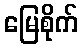
မြေစိုက်